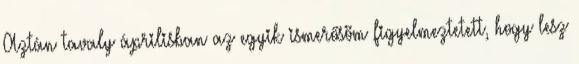
Aztán tavaly áprilisban az egyik ismerősöm figyelmeztetett, hogy lesz